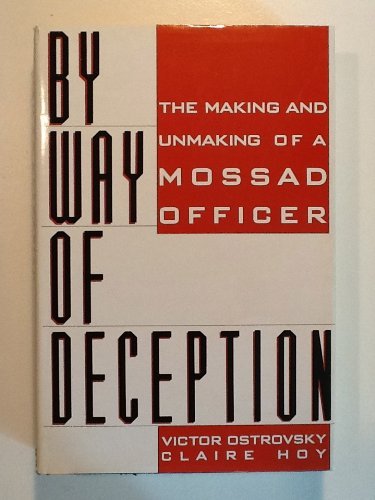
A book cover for By Way of Deception : The Making and Unmaking of a Mossad Officer; Victor Ostrovsky; Biographies & Memoirs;